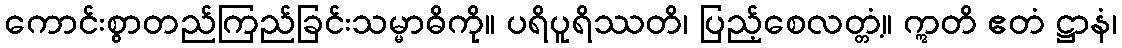
ကောင်းစွာတည်ကြည်ခြင်းသမ္မာဓိကို။ ပရိပူရိဿတိ၊ ပြည့်စေလတ္တံ့။ ဣတိ ဧတံ ဋ္ဌာနံ၊